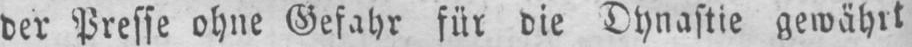
der Presse ohne Gefahr für die Dynastie gewährt